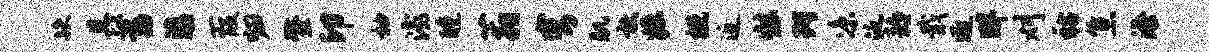
跌具蓄滇葭归螯印袖灞醺蓊穹肌敦掘概近炫珂凉泛耨戢逐畔刈祜焦添